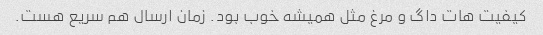
کیفیت هات داگ و مرغ مثل همیشه خوب بود. زمان ارسال هم سریع هست.